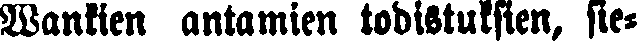
Wankien antamien todistuksien, sie-